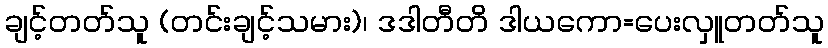
ချင့်တတ်သူ (တင်းချင့်သမား)၊ ဒဒါတီတိ ဒါယကော=ပေးလှူတတ်သူ